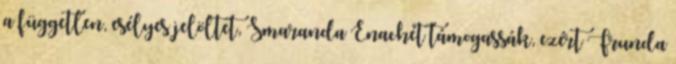
a független, esélyes jelöltet, Smaranda Enachét támogassák, ezért Frunda